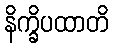
နိက္ခိပထာတိ